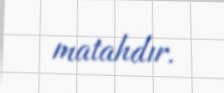
matahdır.